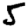
Digit: 5